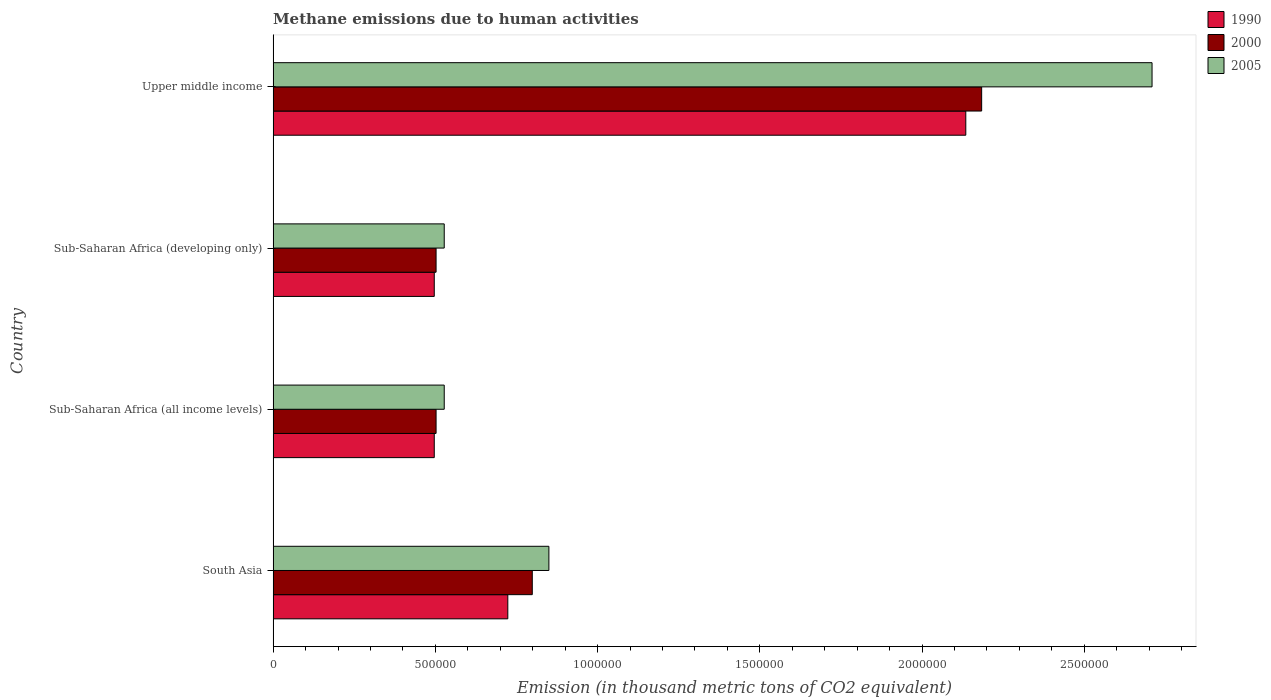
| Country | 1990 | 2000 | 2005 |
 | --- | --- | --- | --- |
 | South Asia | 7.23e+05 | 7.99e+05 | 8.5e+05 |
 | Sub-Saharan Africa (all income levels) | 4.97e+05 | 5.02e+05 | 5.27e+05 |
 | Sub-Saharan Africa (developing only) | 4.97e+05 | 5.02e+05 | 5.27e+05 |
 | Upper middle income | 2.13e+06 | 2.18e+06 | 2.71e+06 |